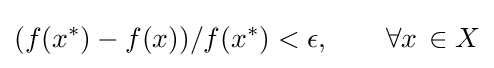
{(f(x^{*})-f(x))/f(x^{*})<\epsilon ,\qquad \forall {x}\,\in X}